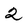
Character: 2